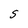
Character: S